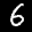
Label: 6